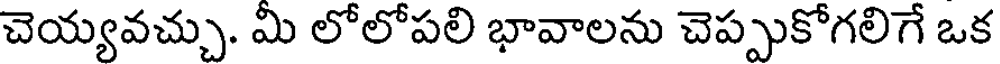
చెయ్యవచ్చు. మి లోలోపలి భావాలను చెప్పుకోగలిగే ఒక